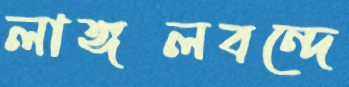
লাঙ্গলবন্দে